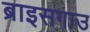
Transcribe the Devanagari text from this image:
ब्राइसगाउ